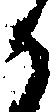
か